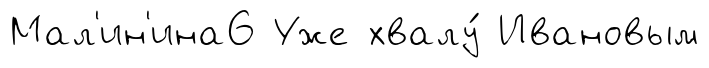
Мал'ин'ина6 Уже хвалу́ Ивановым